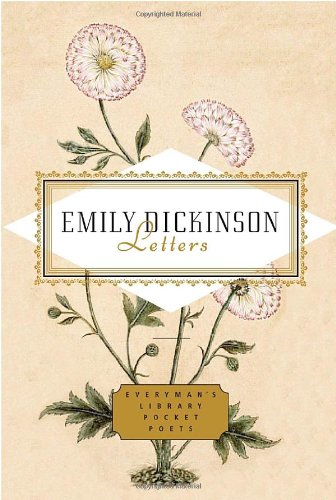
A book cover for Letters: Emily Dickinson (Everyman's Library Pocket Poets); Literature & Fiction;